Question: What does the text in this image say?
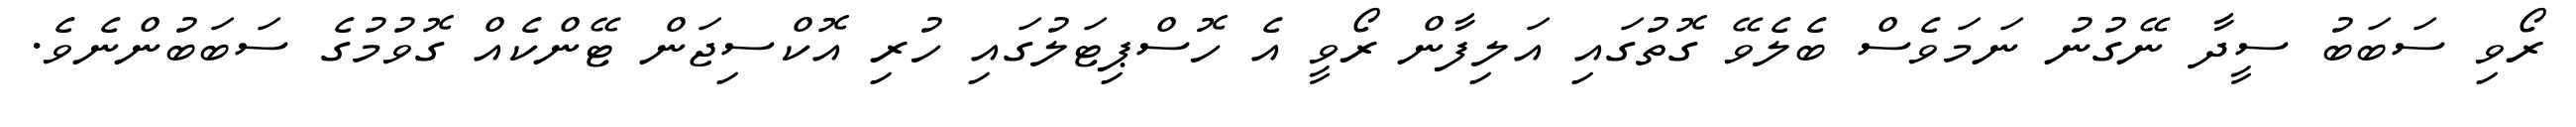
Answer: ރޯވި ސަބަބު ސީދާ ނޭގުނު ނަމަވެސް ބެލެވޭ ގޮތުގައި އަލިފާން ރޯވީ އެ ހޮސްޕިޓަލުގައި ހުރި އޮކްސިޖަން ޓޭންކެއް ގޮވުމުގެ ސަބަބުންނެވެ.